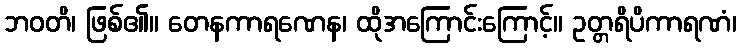
ဘဝတိ၊ ဖြစ်၏။ တေနကာရဏေန၊ ထိုအကြောင်းကြောင့်။ ဥတ္တရိပိကာရဏံ၊